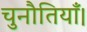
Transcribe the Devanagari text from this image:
चुनौतियाँ।